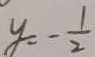
y = - \frac { 1 } { 2 }